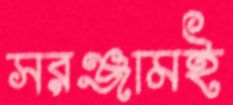
সরঞ্জামই